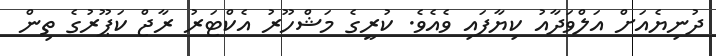
ދުނިޔެއަށް އަލްވަދާއު ކިޔާފައި ވެއެވެ. ކުރީގެ މަޝްހޫރު އެކްޓަރު ރާޖް ކަޕޫރުގެ ތިން